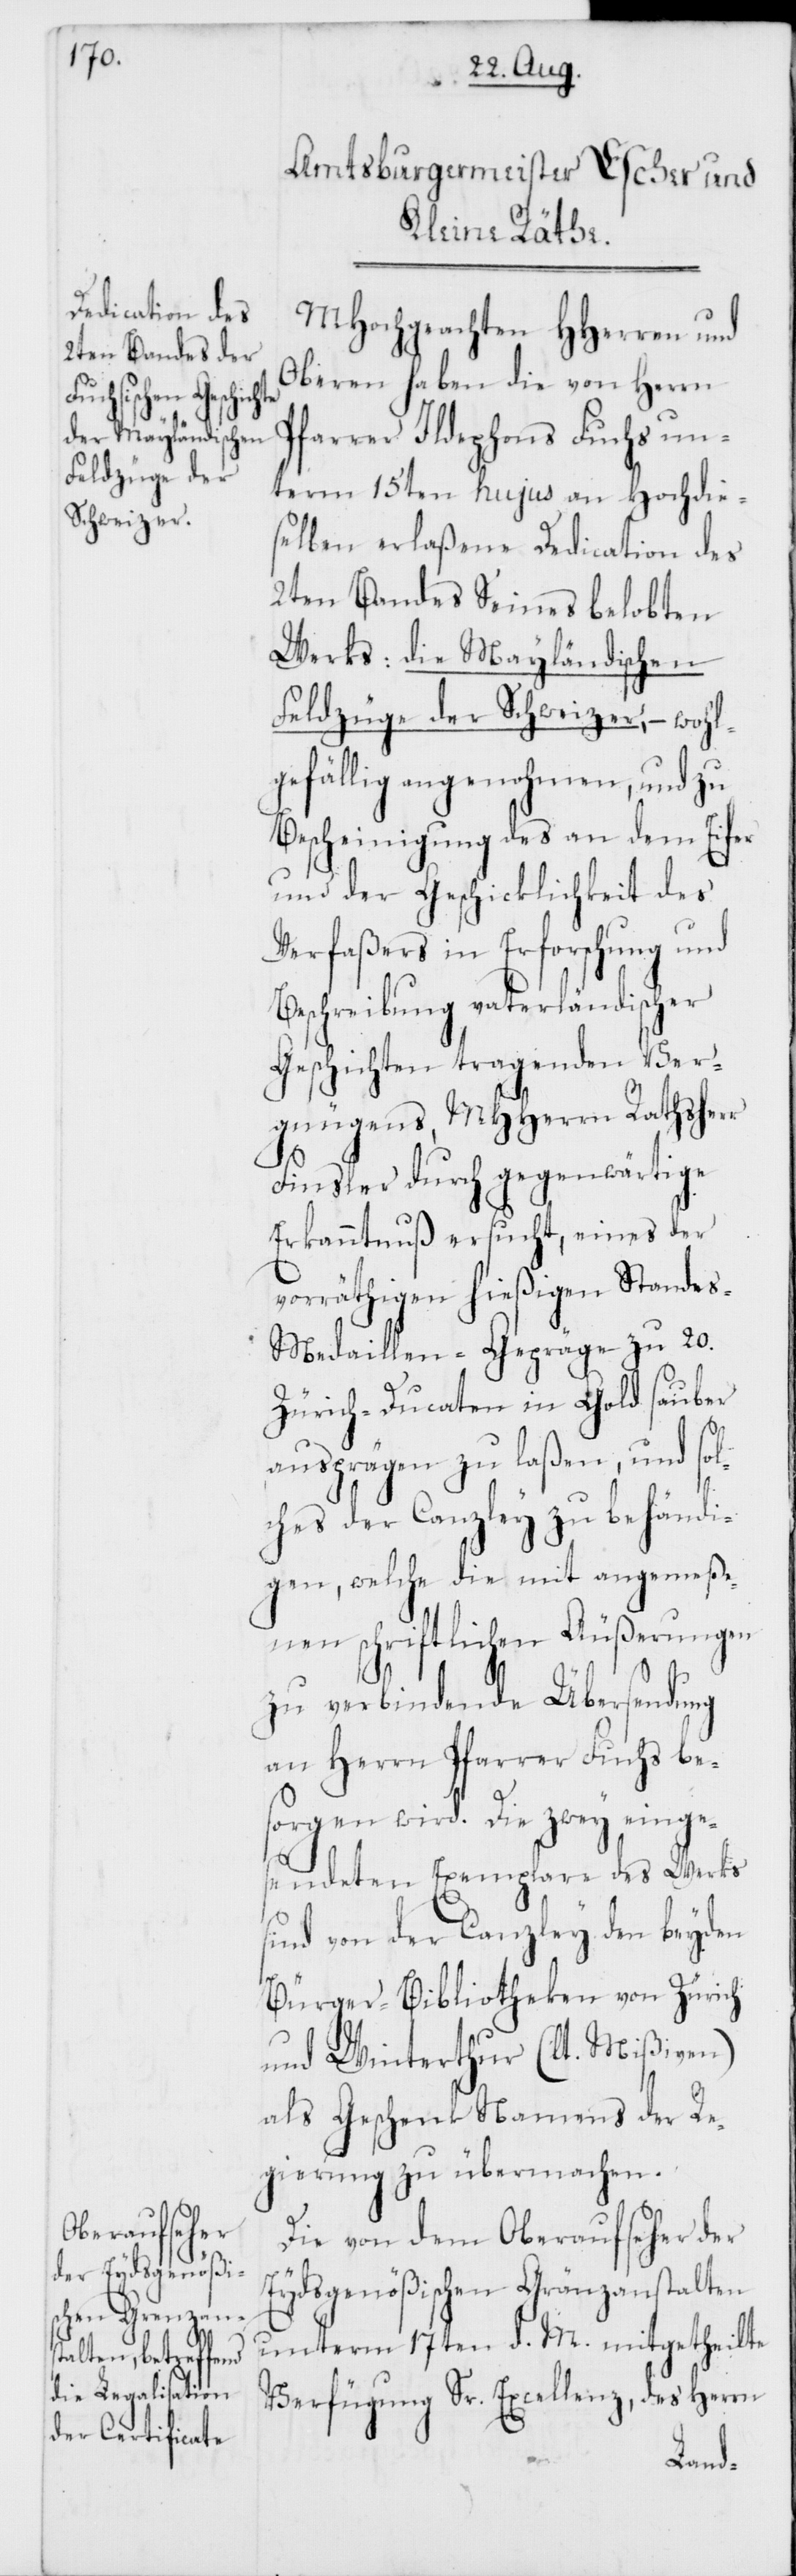
MHochgeachten HHerren und
Oberen haben die von Herrn
Pfarrer Ildephons Fuchs un¬
term 15ten hujus an Hochdie¬
selben erlaßene Dedication des
2ten Bandes Seines belobten
Werks: die Mayländischen
Feldzüge der Schweizer, – wohl¬
gefällig angenohmen, und zu
Bescheinigung des an dem Eifer
und der Geschicklichkeit des
Verfaßers in Erforschung und
Beschreibung vaterländischer
Geschichten tragenden Ver¬
gnügens, MHHerren Rathsherr
Finsler durch gegenwärtige
Erkanntnuß ersucht, eines der
vorräthigen hießigen Stande¬
s-Medaillen-Gepräge zu 20.
Zürich-Ducaten in Gold sauber
ausprägen zu laßen, und sol¬
ches der Canzley zu behändi¬
gen, welche die mit angemeße¬
nen schriftlichen Äußerungen
zu verbindende Übersendung
an Herrn Pfarrer Fuchs be¬
sorgen wird. Die zwey einge¬
sendeten Exemplare des Werks
sind von der Canzley den beyden
Bürger-Bibliotheken von Zürich
und Winterthur (lt. Mißiven)
als Geschenk Namens der Re¬
gierung zu übermachen.
Die von dem Oberaufseher der
Eydsgenößischen Gränzanstalten
unterm 17ten d. M. mitgetheilte
Verfügung Sr. Excellenz, des Herrn